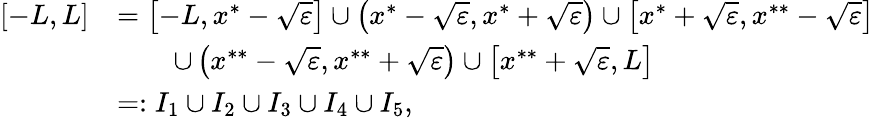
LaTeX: \begin{array}{r}{\begin{array}{rl}{[-L,L]}&{=\left[-L,x^{*}-\sqrt{\varepsilon}\right]\cup\left(x^{*}-\sqrt{\varepsilon},x^{*}+\sqrt{\varepsilon}\right)\cup\left[x^{*}+\sqrt{\varepsilon},x^{**}-\sqrt{\varepsilon}\right]}\\ &{\qquad\cup\left(x^{**}-\sqrt{\varepsilon},x^{**}+\sqrt{\varepsilon}\right)\cup\left[x^{**}+\sqrt{\varepsilon},L\right]}\\ &{=:I_{1}\cup I_{2}\cup I_{3}\cup I_{4}\cup I_{5},}\end{array}}\end{array}